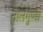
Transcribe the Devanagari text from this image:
तालगुण्डा